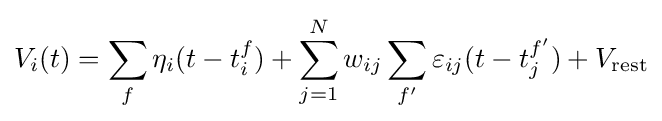
V_{i}(t)=\sum _{f}\eta _{i}(t-t_{i}^{f})+\sum _{j=1}^{N}w_{ij}\sum _{f'}\varepsilon _{ij}(t-t_{j}^{f'})+V_{\mathrm {rest} }